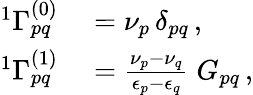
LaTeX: \begin{array}{rl}{{^{1}\Gamma_{pq}^{(0)}}}&{{}=\nu_{p}\, \delta_{pq}\, ,}\\ {{^{1}\Gamma_{pq}^{(1)}}}&{{}=\frac{\nu_{p}-\nu_{q}}{\epsilon_{p}-\epsilon_{q}}\; G_{pq}\, ,}\end{array}